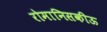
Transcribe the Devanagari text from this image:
रोमानिसकीऊ